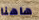
هاهنا